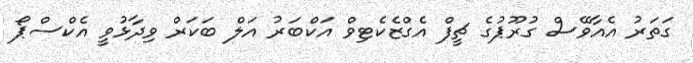
ގަތަރު އެއާވޭސް ގުރޫޕުގެ ޗީފް އެގްޒެކެޓިވް އަކްބަރު އަލް ބަކަރް ވިދާޅުވީ އެކްސްޕޯ